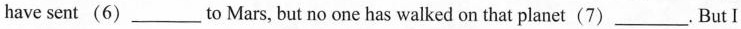
have sent(6)___to Mars, but no one has walked on that planet(7)___. But I